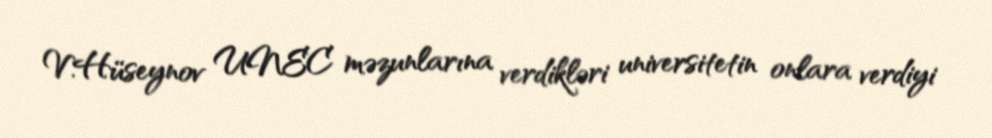
V.Hüseynov UNEC məzunlarına verdikləri universitetin onlara verdiyi